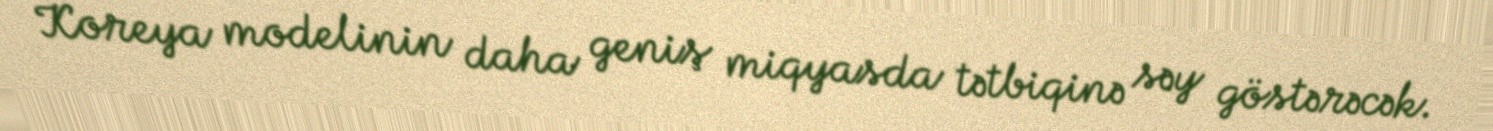
Koreya modelinin daha geniş miqyasda tətbiqinə səy göstərəcək.